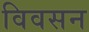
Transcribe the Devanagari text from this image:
विवसन